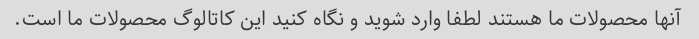
آنها محصولات ما هستند لطفا وارد شوید و نگاه کنید این کاتالوگ محصولات ما است.